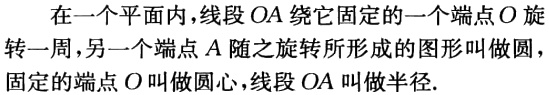
在一个平面内，线段\(OA\)绕它固定的一个端点\(O\)旋转一周，另一个端点\(A\)随之旋转所形成的图形叫做圆. 固定的端点\(O\)叫做圆心，线段\(OA\)叫做半径.